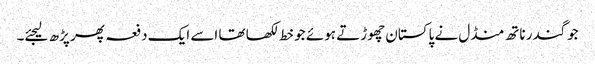
جوگندر ناتھ منڈل نے پاکستان چھوڑتے ہوئے جو خط لکھا تھا اسے ایک دفعہ پھر پڑھ لیجئے۔